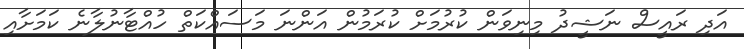
އަދި ރައީސް ނަޝީދު މިނިވަން ކުރުމަށް ކުރަމުން އަންނަ މަސައްކަތް ހުއްޓާނުލާނެ ކަމަށާއި